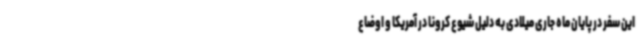
این سفر در پایان ماه جاری میلادی به دلیل شیوع کرونا در آمریکا و اوضاع